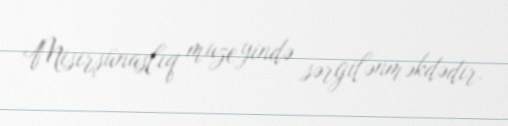
Misirşünaslıq muzeyində sərgilənməkdədir.